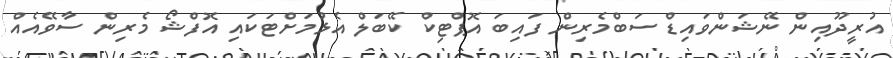
އުރީދޫއިން ނޭޝަންވައިޑް ސަބްމެރިން ފައިބަ އޮޕްޓިކް ކޭބަލް އެޅުމަށްޓަކައި އޮފްޝޯ މެރިން ސާވޭއެއް